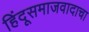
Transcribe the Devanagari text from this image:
हिंदूसमाजवादाचा